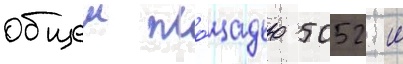
общеи пло́щадью 5052 м